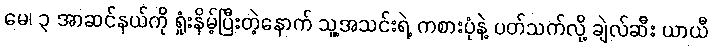
မေ၊ ၃ အာဆင်နယ်ကို ရှုံးနိမ့်ပြီးတဲ့နောက် သူ့အသင်းရဲ့ ကစားပုံနဲ့ ပတ်သက်လို့ ချဲလ်ဆီး ယာယီ